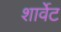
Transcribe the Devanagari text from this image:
शार्वेट